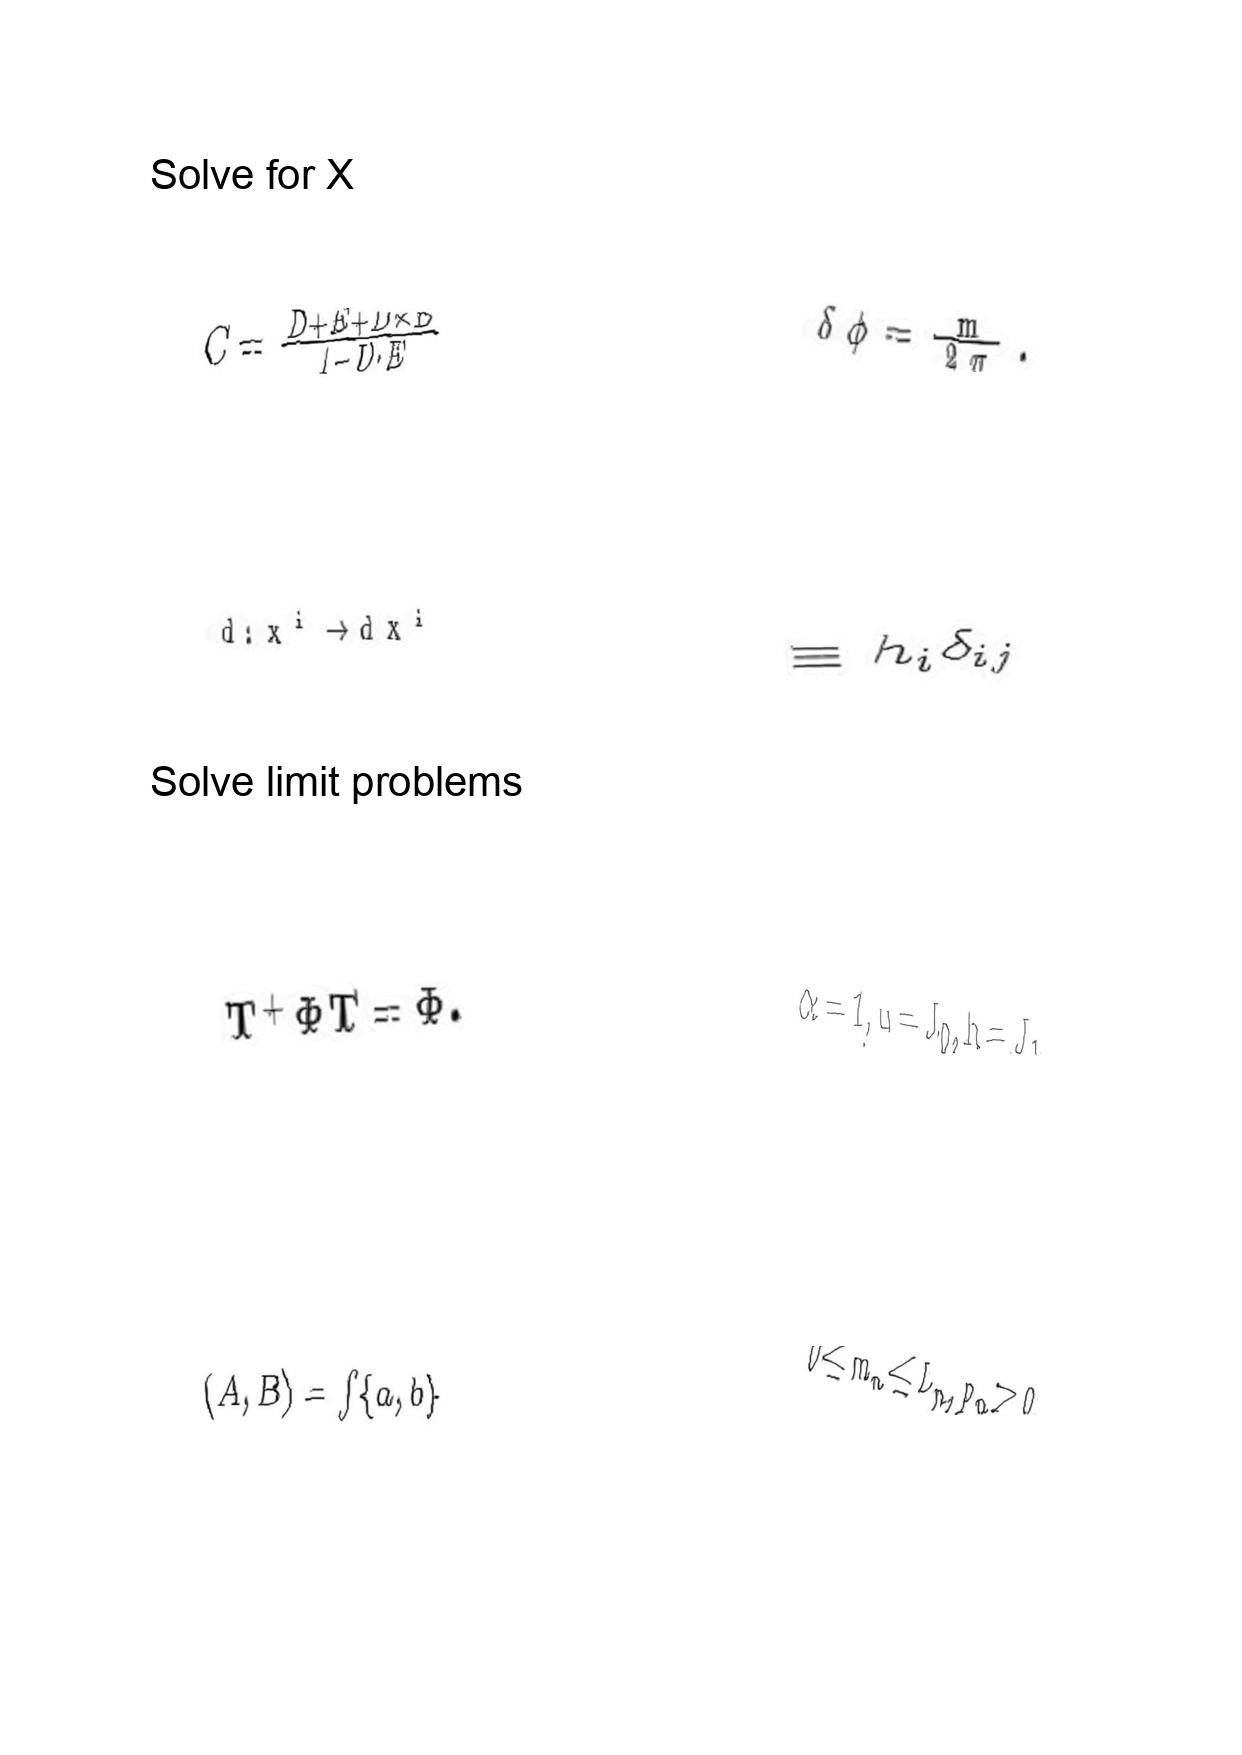
LaTeX transcription:
C = \frac { D + E + D \times E } { 1 - D \cdot E }
d : x ^ { i } \rightarrow d x ^ { i }
T ^ { + } \Phi T = \Phi .
\lparen A , B \rparen = \int \lbrace a , b \rbrace
\delta \phi = \frac { m } { 2 \pi } .
\equiv h _ { i } \delta _ { i j }
\alpha = 1 , u = J _ { 0 } , h = J _ { 1 }
0 \le m _ { n } \le L _ { n } , p _ { n } \ge 0 .